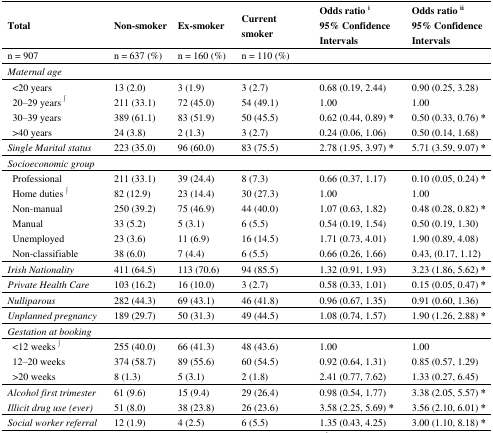
<table><thead><tr><td><b>Total</b></td><td><b>Non-smoker</b></td><td><b>Ex-smoker</b></td><td><b>Current smoker</b></td><td><b>Odds ratio <sup>i</sup> 95% Confidence Intervals</b></td><td><b>Odds ratio <sup>ii</sup> 95% Confidence Intervals</b></td></tr></thead><tbody><tr><td>n = 907</td><td>n = 637 (%)</td><td>n = 160 (%)</td><td>n = 110 (%)</td><td></td><td></td></tr><tr><td><i>Maternal age</i></td><td></td><td></td><td></td><td></td><td></td></tr><tr><td>&lt;20 years</td><td>13 (2.0)</td><td>3 (1.9)</td><td>3 (2.7)</td><td>0.68 (0.19, 2.44)</td><td>0.90 (0.25, 3.28)</td></tr><tr><td>20–29 years <sup>∫</sup></td><td>211 (33.1)</td><td>72 (45.0)</td><td>54 (49.1)</td><td>1.00</td><td>1.00</td></tr><tr><td>30–39 years</td><td>389 (61.1)</td><td>83 (51.9)</td><td>50 (45.5)</td><td>0.62 (0.44, 0.89) *</td><td>0.50 (0.33, 0.76) *</td></tr><tr><td>&gt;40 years</td><td>24 (3.8)</td><td>2 (1.3)</td><td>3 (2.7)</td><td>0.24 (0.06, 1.06)</td><td>0.50 (0.14, 1.68)</td></tr><tr><td><i>Single Marital status</i></td><td>223 (35.0)</td><td>96 (60.0)</td><td>83 (75.5)</td><td>2.78 (1.95, 3.97) *</td><td>5.71 (3.59, 9.07) *</td></tr><tr><td><i>Socioeconomic</i><i>group</i></td><td></td><td></td><td></td><td></td><td></td></tr><tr><td>Professional</td><td>211 (33.1)</td><td>39 (24.4)</td><td>8 (7.3)</td><td>0.66 (0.37, 1.17)</td><td>0.10 (0.05, 0.24) *</td></tr><tr><td>Home duties <sup>∫</sup></td><td>82 (12.9)</td><td>23 (14.4)</td><td>30 (27.3)</td><td>1.00</td><td>1.00</td></tr><tr><td>Non-manual</td><td>250 (39.2)</td><td>75 (46.9)</td><td>44 (40.0)</td><td>1.07 (0.63, 1.82)</td><td>0.48 (0.28, 0.82) *</td></tr><tr><td>Manual</td><td>33 (5.2)</td><td>5 (3.1)</td><td>6 (5.5)</td><td>0.54 (0.19, 1.54)</td><td>0.50 (0.19, 1.30)</td></tr><tr><td>Unemployed</td><td>23 (3.6)</td><td>11 (6.9)</td><td>16 (14.5)</td><td>1.71 (0.73, 4.01)</td><td>1.90 (0.89, 4.08)</td></tr><tr><td>Non-classifiable</td><td>38 (6.0)</td><td>7 (4.4)</td><td>6 (5.5)</td><td>0.66 (0.26, 1.66)</td><td>0.43, (0.17, 1.12)</td></tr><tr><td><i>Irish Nationality</i></td><td>411 (64.5)</td><td>113 (70.6)</td><td>94 (85.5)</td><td>1.32 (0.91, 1.93)</td><td>3.23 (1.86, 5.62) *</td></tr><tr><td><i>Private Health Care</i></td><td>103 (16.2)</td><td>16 (10.0)</td><td>3 (2.7)</td><td>0.58 (0.33, 1.01)</td><td>0.15 (0.05, 0.47) *</td></tr><tr><td><i>Nulliparous</i></td><td>282 (44.3)</td><td>69 (43.1)</td><td>46 (41.8)</td><td>0.96 (0.67, 1.35)</td><td>0.91 (0.60, 1.36)</td></tr><tr><td><i>Unplanned pregnancy</i></td><td>189 (29.7)</td><td>50 (31.3)</td><td>49 (44.5)</td><td>1.08 (0.74, 1.57)</td><td>1.90 (1.26, 2.88) *</td></tr><tr><td><i>Gestation at booking</i></td><td></td><td></td><td></td><td></td><td></td></tr><tr><td>&lt;12 weeks <sup>∫</sup></td><td>255 (40.0)</td><td>66 (41.3)</td><td>48 (43.6)</td><td>1.00 </td><td>1.00 </td></tr><tr><td>12–20 weeks</td><td>374 (58.7)</td><td>89 (55.6)</td><td>60 (54.5)</td><td>0.92 (0.64, 1.31)</td><td>0.85 (0.57, 1.29)</td></tr><tr><td>&gt;20 weeks</td><td>8 (1.3)</td><td>5 (3.1)</td><td>2 (1.8)</td><td>2.41 (0.77, 7.62)</td><td>1.33 (0.27, 6.45)</td></tr><tr><td><i>Alcohol first trimester</i></td><td>61 (9.6)</td><td>15 (9.4)</td><td>29 (26.4)</td><td>0.98 (0.54, 1.77)</td><td>3.38 (2.05, 5.57) *</td></tr><tr><td><i>Illicit drug use (ever)</i></td><td>51 (8.0)</td><td>38 (23.8)</td><td>26 (23.6)</td><td>3.58 (2.25, 5.69) *</td><td>3.56 (2.10, 6.01) *</td></tr><tr><td><i>Social worker referral</i></td><td>12 (1.9)</td><td>4 (2.5)</td><td>6 (5.5)</td><td>1.35 (0.43, 4.25)</td><td>3.00 (1.10, 8.18) *</td></tr></tbody></table>